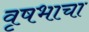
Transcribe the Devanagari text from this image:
वृषभाचा